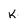
Character: k